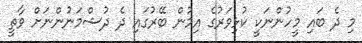
މި ދެ ބައި މީހުންނަކީ ކުޅިވަރުގެ އިމުން ބޭރުގައި ދެ ދުޝްމަނުންނަށް ވާތީ